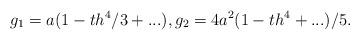
LaTeX: \begin{align*}g_{1}=a(1-th^{4}/3+...), g_{2}=4a^{2}(1-th^4+...)/5.\end{align*}